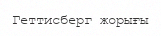
Геттисберг жорығы